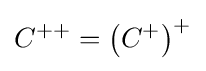
C^{++}=\left(C^{+}\right)^{+}